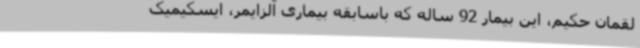
لقمان حکیم، این بیمار 92 ساله که باسابقه بیماری آلزایمر، ایسکیمیک